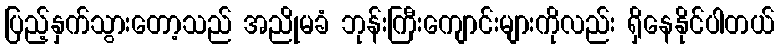
ပြည့်နှက်သွားတော့သည် အညိုမခံ ဘုန်းကြီးကျောင်းများကိုလည်း ရှိနေနိုင်ပါတယ်